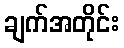
ချက်အတိုင်း